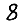
Digit: 8